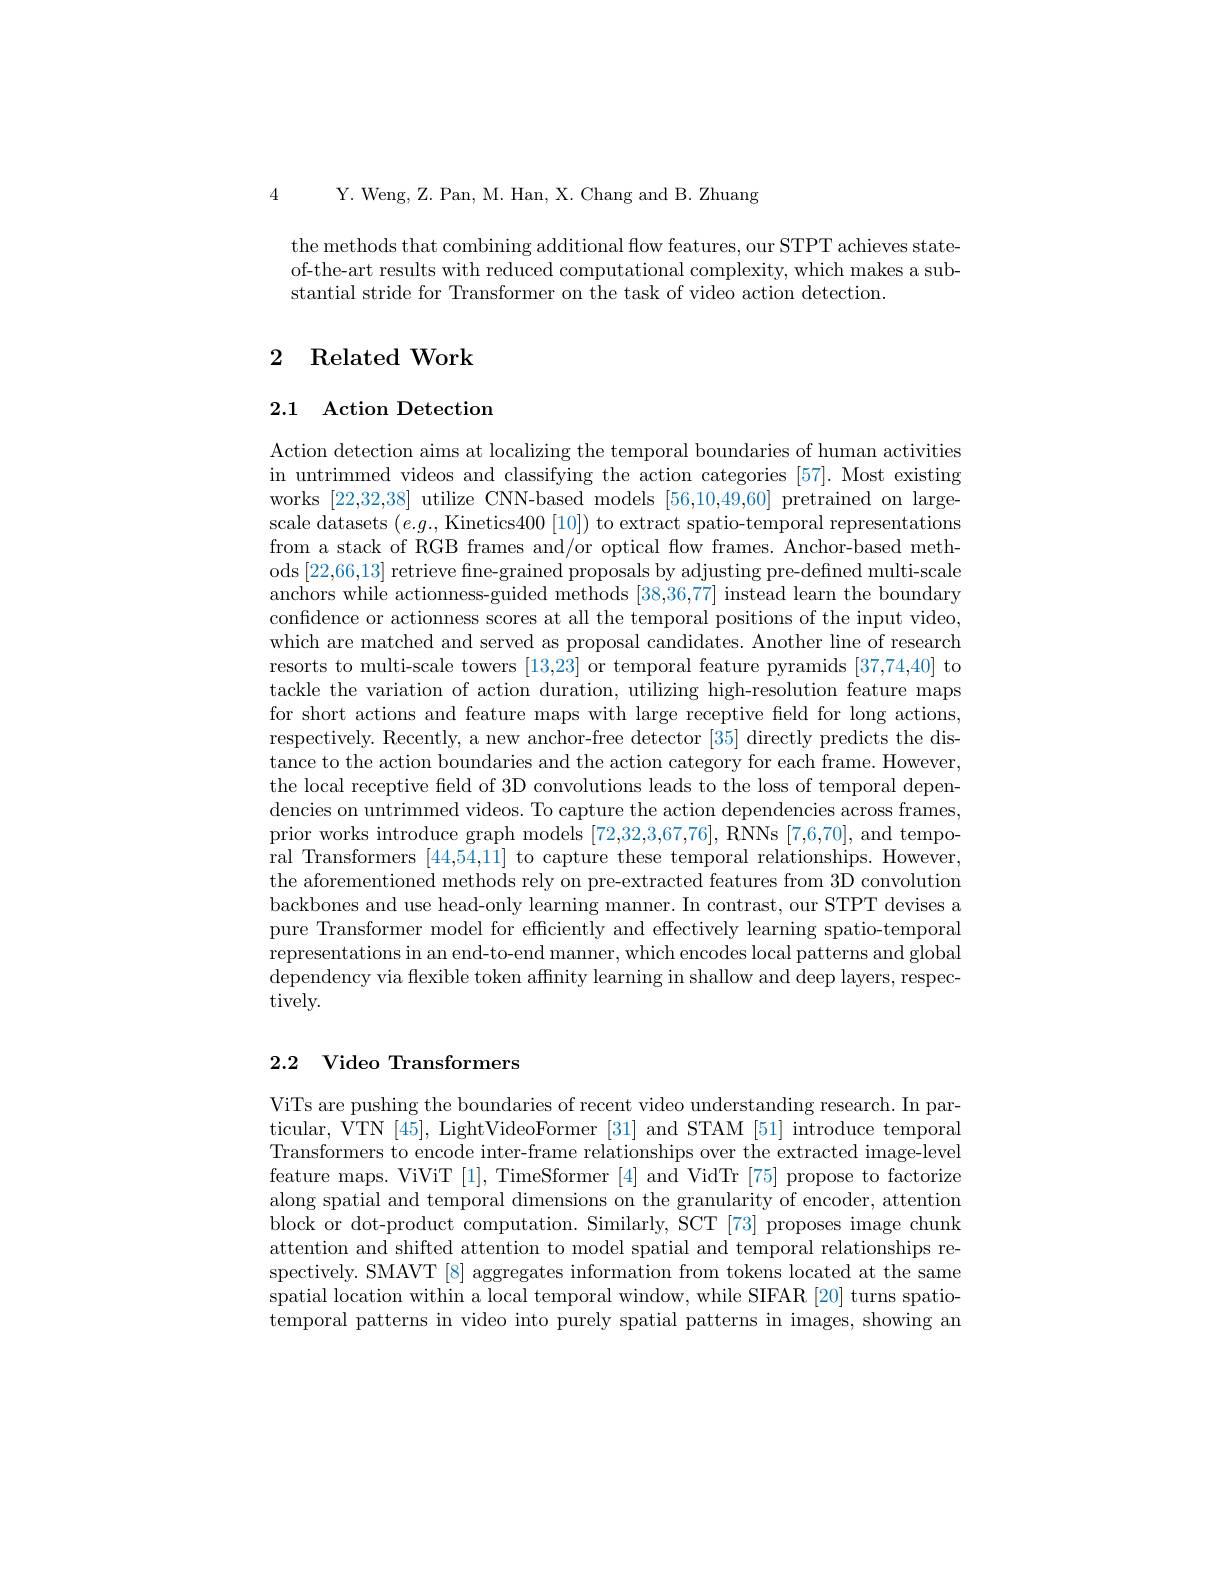
4 Y. Weng, Z. Pan, M. Han, X. Chang and B. Zhuang

the methods that combining additional flow features, our STPT achieves stateof-the-art results with reduced computational complexity, which makes a substantial stride for Transformer on the task of video action detection.

## 2 Related Work

## 2.1 Action Detection

Action detection aims at localizing the temporal boundaries of human activities in untrimmed videos and classifying the action categories [57]. Most existing works [22,32,38] utilize CNN-based models [56,10,49,60] pretrained on largescale datasets $(e.g.$,Kinetics400[10]) to extract spatio-temporal representations from a stack of RGB frames and/or optical flow frames. Anchor-based methods [22,66,13] retrieve fne-grained proposals by adjusting pre-defined multi-scale anchors while actionness-guided methods [38,36,77] instead learn the boundary confdence or actionness scores at all the temporal positions of the input video, which are matched and served as proposal candidates. Another line of research resorts to multi-scale towers [13,23] or temporal feature pyramids [37,74,40] to tackle the variation of action duration, utilizing high-resolution feature maps for short actions and feature maps with large receptive field for long actions, respectively. Recently, a new anchor-free detector [35] directly predicts the distance to the action boundaries and the action category for each frame. However, the local receptive feld of 3D convolutions leads to the loss of temporal dependencies on untrimmed videos. To capture the action dependencies across frames, prior works introduce graph models [72,32,3,67,76], RNNs [7,6,70], and temporal Transformers [44,54,11] to capture these temporal relationships. However, the aforementioned methods rely on pre-extracted features from 3D convolution backbones and use head-only learning manner. In contrast, our STPT devises a pure Transformer model for efficiently and effectively learning spatio-temporal representations in an end-to-end manner, which encodes local patterns and global dependency via flexible token affinity learning in shallow and deep layers, respectively.

## 2.2 Video Transformers

ViTs are pushing the boundaries of recent video understanding research. In particular, VTN [45], LightVideoFormer [31] and STAM [51] introduce temporal Transformers to encode inter-frame relationships over the extracted image-level feature maps. ViViT [1], TimeSformer [4] and VidTr [75] propose to factorize along spatial and temporal dimensions on the granularity of encoder, attention block or dot-product computation. Similarly, SCT [73] proposes image chunk attention and shifted attention to model spatial and temporal relationships respectively. SMAVT [8] aggregates information from tokens located at the same spatial location within a local temporal window, while SIFAR [20] turns spatiotemporal patterns in video into purely spatial patterns in images, showing an